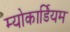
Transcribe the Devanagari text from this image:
म्योकार्डियम